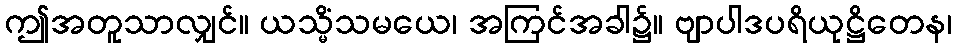
ဤအတူသာလျှင်။ ယသ္မိံသမယေ၊ အကြင်အခါ၌။ ဗျာပါဒပရိယုဋ္ဌိတေန၊